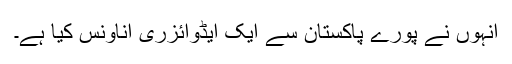
انہوں نے پورے پاکستان سے ایک ایڈوائزری اناؤنس کیا ہے۔